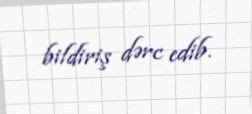
bildiriş dərc edib.